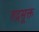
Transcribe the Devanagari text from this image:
रुद्रसूक्त